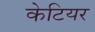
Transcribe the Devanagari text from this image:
केटियर